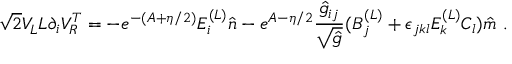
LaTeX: \sqrt { 2 } V _ { L } ^ { \vphantom { T } } L \partial _ { i } V _ { R } ^ { T } = - e ^ { - ( A + \eta / 2 ) } E _ { i } ^ { ( L ) } \hat { n } - e ^ { A - \eta / 2 } { \frac { \hat { g } _ { i j } } { \sqrt { \hat { g } } } } ( B _ { j } ^ { ( L ) } + \epsilon _ { j k l } E _ { k } ^ { ( L ) } C _ { l } ) \hat { m } \ .